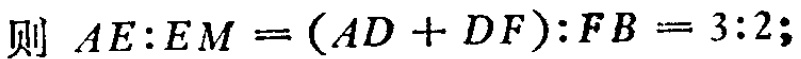
则 \(AE:EM = (AD + DF):FB = 3:2;\)